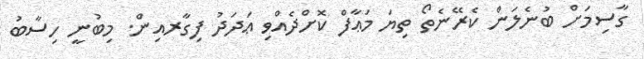
ގާސިމަށް ބުނެލަން ކެރޭނެތޯ ތިޔަ މަޢާފް ކޮށްދެއްވި ޢަދަދު ފިގާރއިން. މިބުނީ ހިސާބު